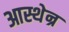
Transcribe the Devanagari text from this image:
आस्थेन्र